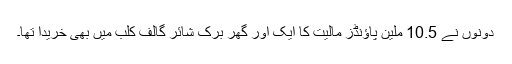
دونوں نے 10.5 ملین پاؤنڈز مالیت کا ایک اور گھر برک شائر گالف کلب میں بھی خریدا تھا۔